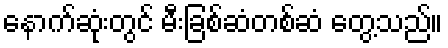
နောက်ဆုံးတွင် မီးခြစ်ဆံတစ်ဆံ တွေ့သည်။